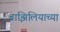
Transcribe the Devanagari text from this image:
ब्राझिलियाच्या